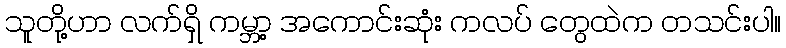
သူတို့ဟာ လက်ရှိ ကမ္ဘာ့ အကောင်းဆုံး ကလပ် တွေထဲက တသင်းပါ။